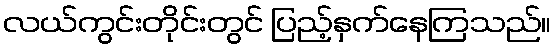
လယ်ကွင်းတိုင်းတွင် ပြည့်နှက်နေကြသည်။